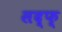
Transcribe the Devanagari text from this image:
सद्फ्